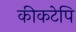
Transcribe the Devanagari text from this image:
कीकटेपि